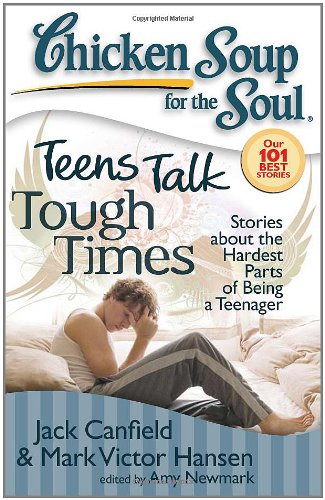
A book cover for Chicken Soup for the Soul: Teens Talk Tough Times: Stories about the Hardest Parts of Being a Teenager; Jack Canfield; Teen & Young Adult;